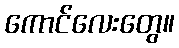
ကောင်လေးတွေ။